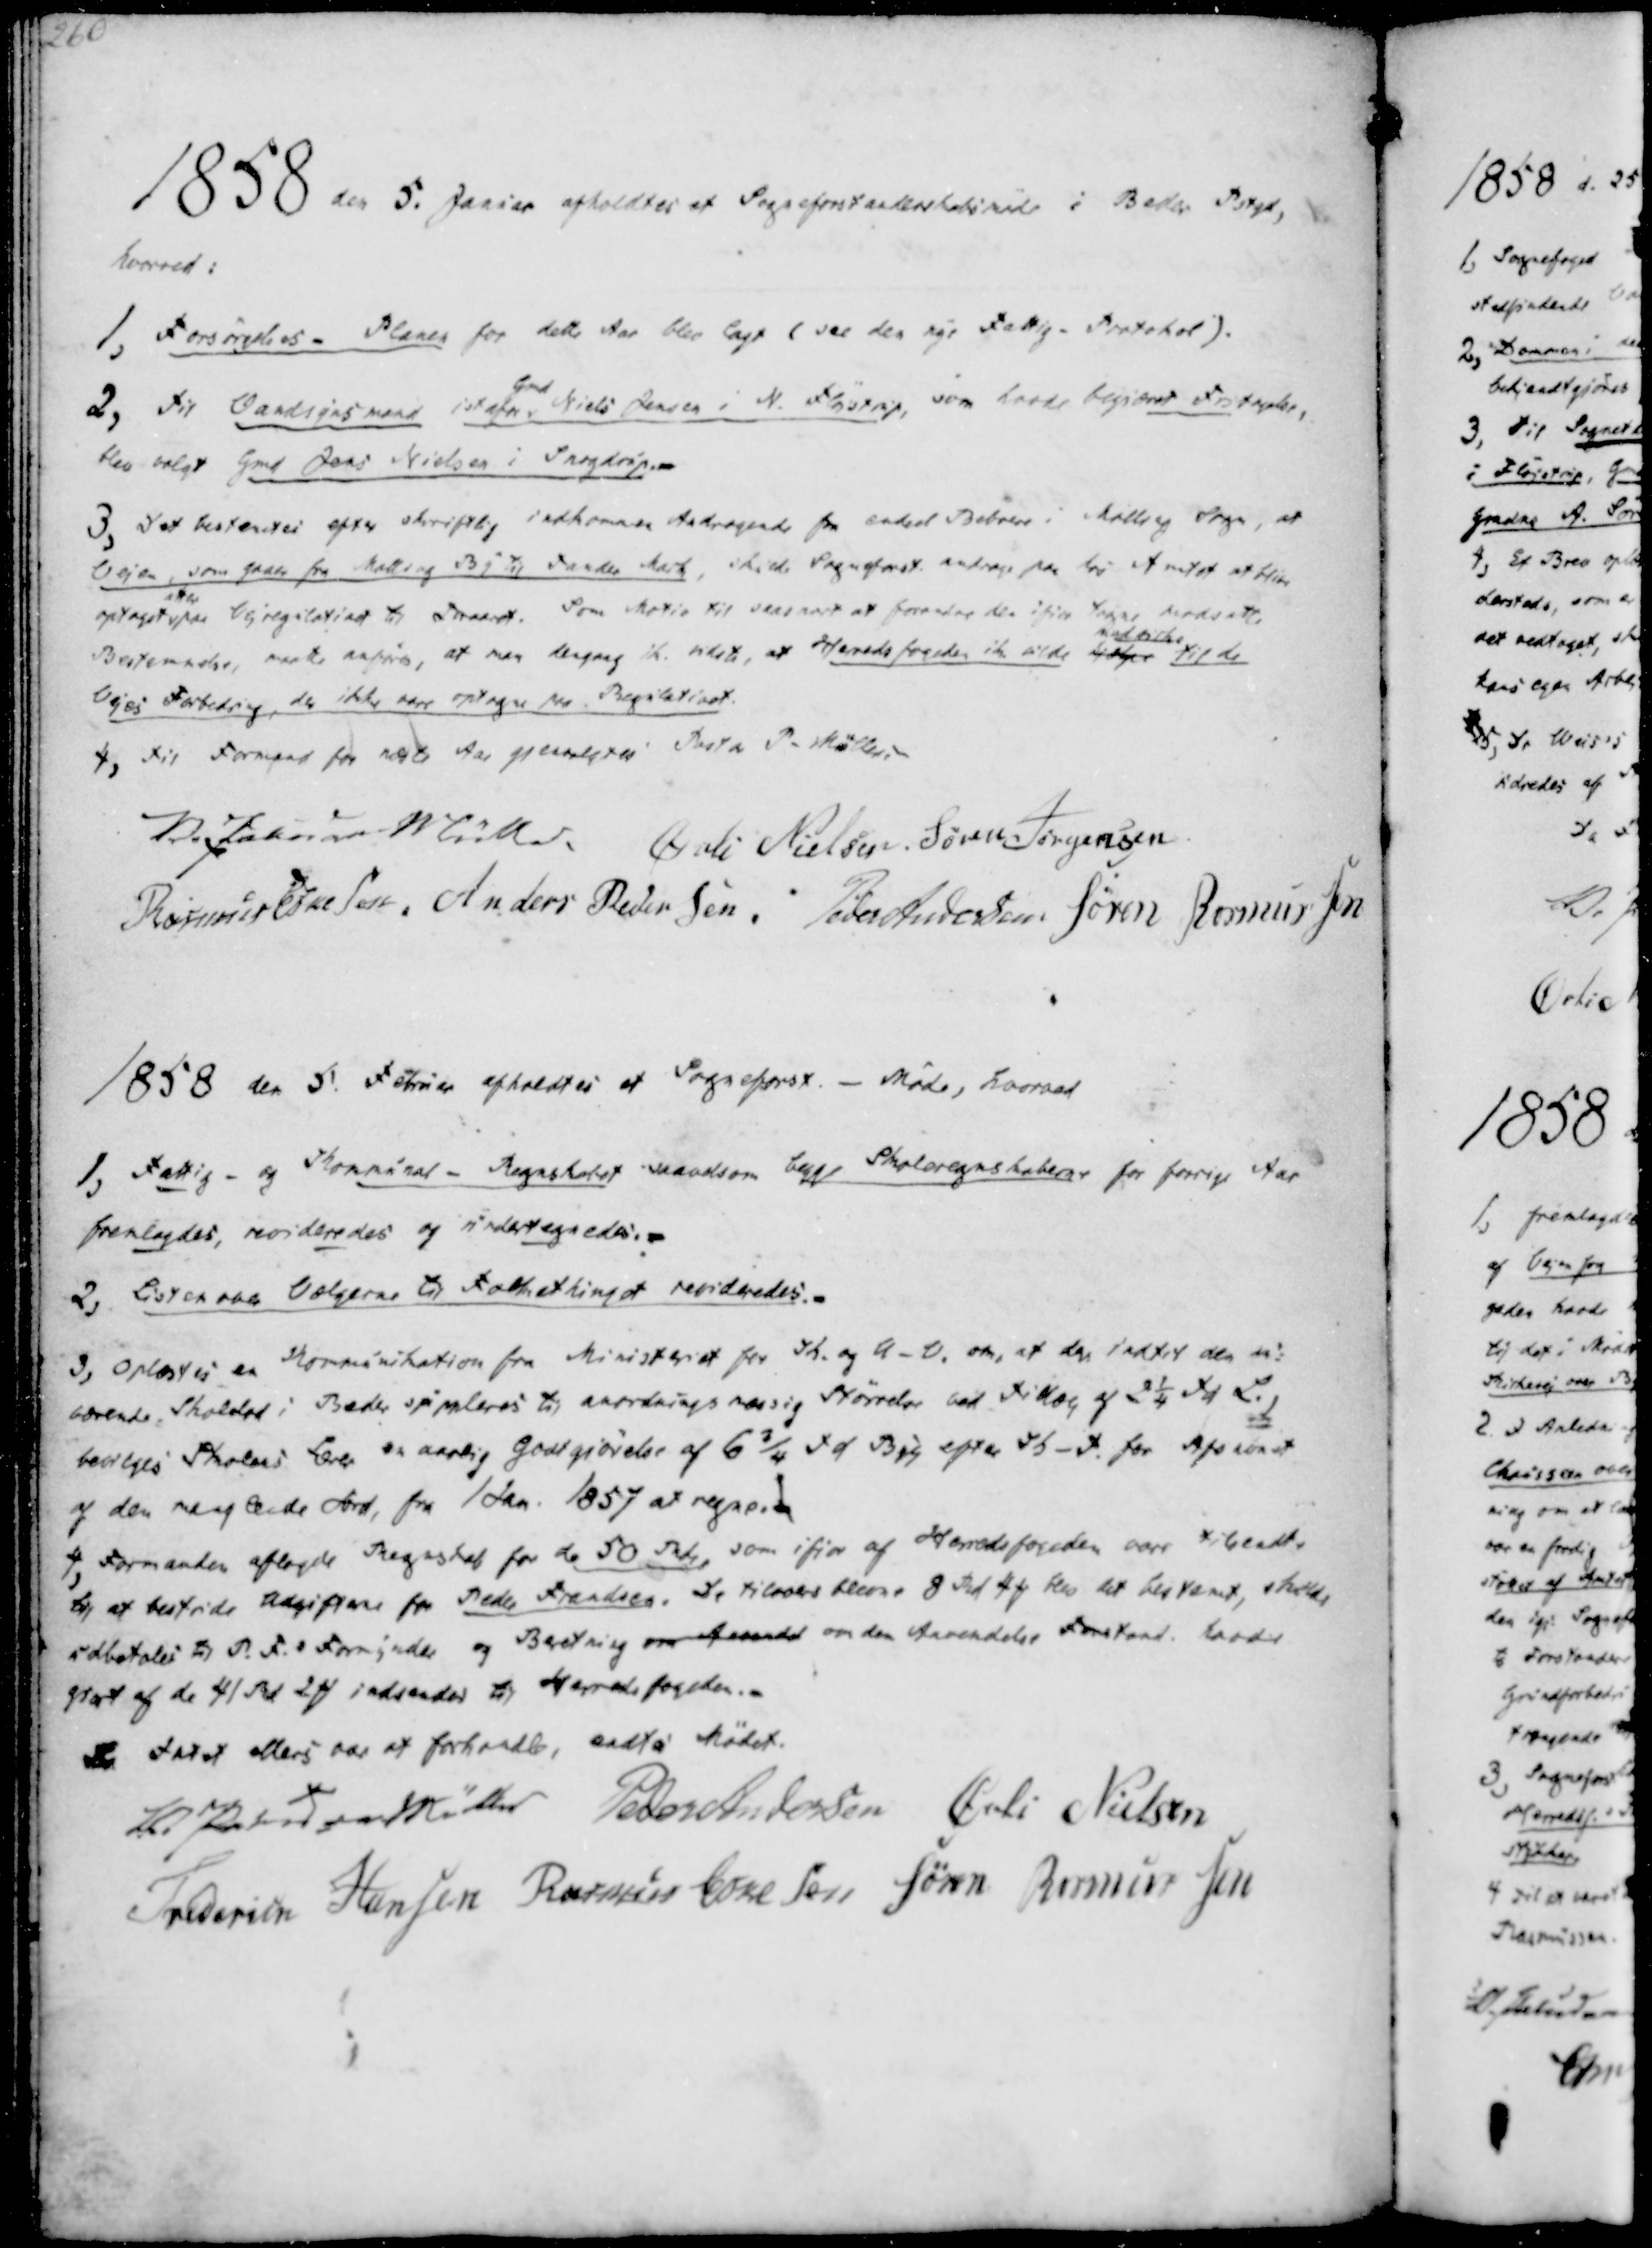
Transskription:
1858 den 5. Januar afholdtes et Sogneforstanderskabsmøde i Beder Pstgd,
hvorved:

1, Forsørgelses- Planen for dette Aar blev lagt (see den nye Fattig- Protokol).
2, Til Vandsynsmand istdfor Gmd Niels Jensen i N. Fløistrup, som havde begjæret Fritagelse,
blev valgt Gmd Jens Nielsen i Snogdrup.-

3, Det bestemtes efter skriftlig indkommen Andragende fra endeel Beboere i Malling Sogn, at
Vejen, som gaaer fra Malling By til Tander Mark, skulde Sogneforst. andrage paa hos Amtet at blive
optaget
atter
paa Vejregulativet til Foraaret. Som Motio til saasnart at forandre den ifjor tagne modsatte
Bestemmelse, maatte anføres, at man dengang ik. vidste, at Herredsfogeden ik. vilde hjælper
med tilbe
til de
Vejes Forbedring, der ikke være optagne paa Regulativet.
4, til Formand for det næste Aar gjenvalgtes Pastor P. Müller

V. Paludan Müller.
Øvli Nielsen.
Søren Jørgensen
Rasmus Eskesen
Anders Pedersen
Peder Andersen
Søren Rasmussen

1858 den 5. Februar afholdtes et Sogneforst. - Møde, hvorved

1, Fattig- og Kommunal - Regnskabet saavelsom begge Skoleregnskaberne for forrige Aar
fremlagdes, revideredes og undertegnedes.-
2, Listen over Vælgerne til Folkethinget revideredes.-

3, Oplæstes en Kommunikation fra Ministeriet for Sk. og U-V. om, at der indtil den nu-
værende Skolelod i Beder suppleres til anordningsmæssig Størrelse ved Tillæg af 2¼ Td L.,
bevilges Skolens Lærer en aarlig Godtgjørelse af 6¾ Td Byg efter Sk-T. for Afsavnet
af den manglende Jord, fra 1 Jan. 1857 at regne.
4, Formanden aflagde Regnskab for de 50 Rdr, som ifjor af Herredsfogeden være tilsendt,
til at bestride Udgifterne for Peder Frandsen. De tilovers blevne 8 Rd 4 ₻ blev det bestemt, skulde
udbetales til P.F.s Formynder og Beretning om Anvendel om den Anvendelse Forstand. havde
giort af de 41 Rd 2 ₻ indsendes til Herredsfogeden.
Da Intet ellers var at forhandle, endtes Mødet.

V. Paludan Müller
Peder Andersen
Øvli Nielsen
Frederik Hansen
Rasmus Eskesen
Søren Rasmussen